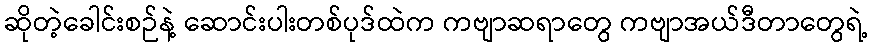
ဆိုတဲ့ခေါင်းစဉ်နဲ့ ဆောင်းပါးတစ်ပုဒ်ထဲက ကဗျာဆရာတွေ ကဗျာအယ်ဒီတာတွေရဲ့